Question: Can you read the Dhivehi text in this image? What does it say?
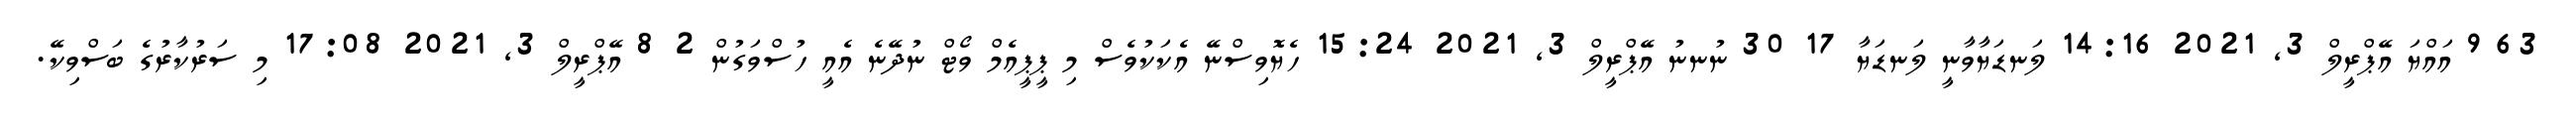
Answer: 63 9 އައްޔަ އޭޕްރީލް 3, 2021 14:16 ލަނޑަޔާވާނީ ލަނޑަޔާ 17 30 ނުނނު އޭޕްރީލް 3, 2021 15:24 ހެޔޮވިސްނޭ އެކަކުވެސް މި ޕީޕީއެމް ވޯޓް ނުދޭނެ އެއީ ހުސްވަގުން 2 8 އޭޕްރީލް 3, 2021 17:08 މި ސަރުކާރުގެ ބަސްވިކޭ.